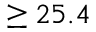
\geq 2 5 . 4